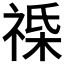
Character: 𫀔